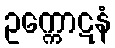
ဥက္ကောဋနံ